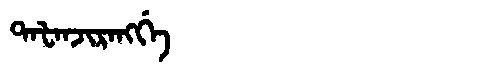
Manchu: ᡨᠠᡶᠠᠨᠵᡳᡵᠠᠩᡤᡝ
Romanization: TAFANJIRANGGE